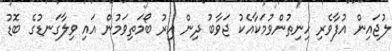
ލުޖައިން އުފާވެރި ހިނިތުންވުމަކާއެކު ޖަވާބު ދިން އިރު ބޯމަތިވަމުން އައި ވިލާގަނޑުގެ ބޮޑު